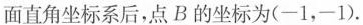
面直角坐标系后，点B的坐标为(-1，-1).